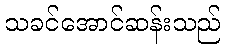
သခင်အောင်ဆန်းသည်